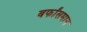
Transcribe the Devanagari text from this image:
बर्फांसमान